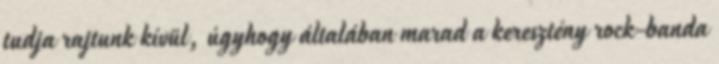
tudja rajtunk kívül, úgyhogy általában marad a keresztény rock-banda